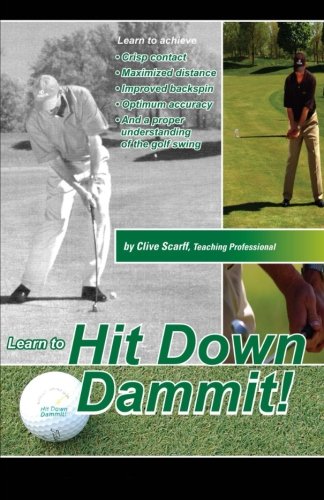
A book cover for Hit Down Dammit!: (The Key to Golf); Clive Scarff; Sports & Outdoors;